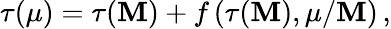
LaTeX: \tau(\mu)=\tau(\mathbf{M})+f\left(\tau(\mathbf{M}),\mu/\mathbf{M}\right)\, ,